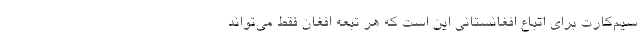
سیم‌کارت برای اتباع افغانستانی این است که هر تبعه افغان فقط می‌تواند